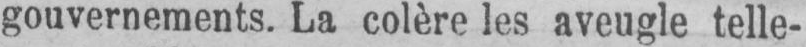
gouvernements. La colère les aveugle telle-